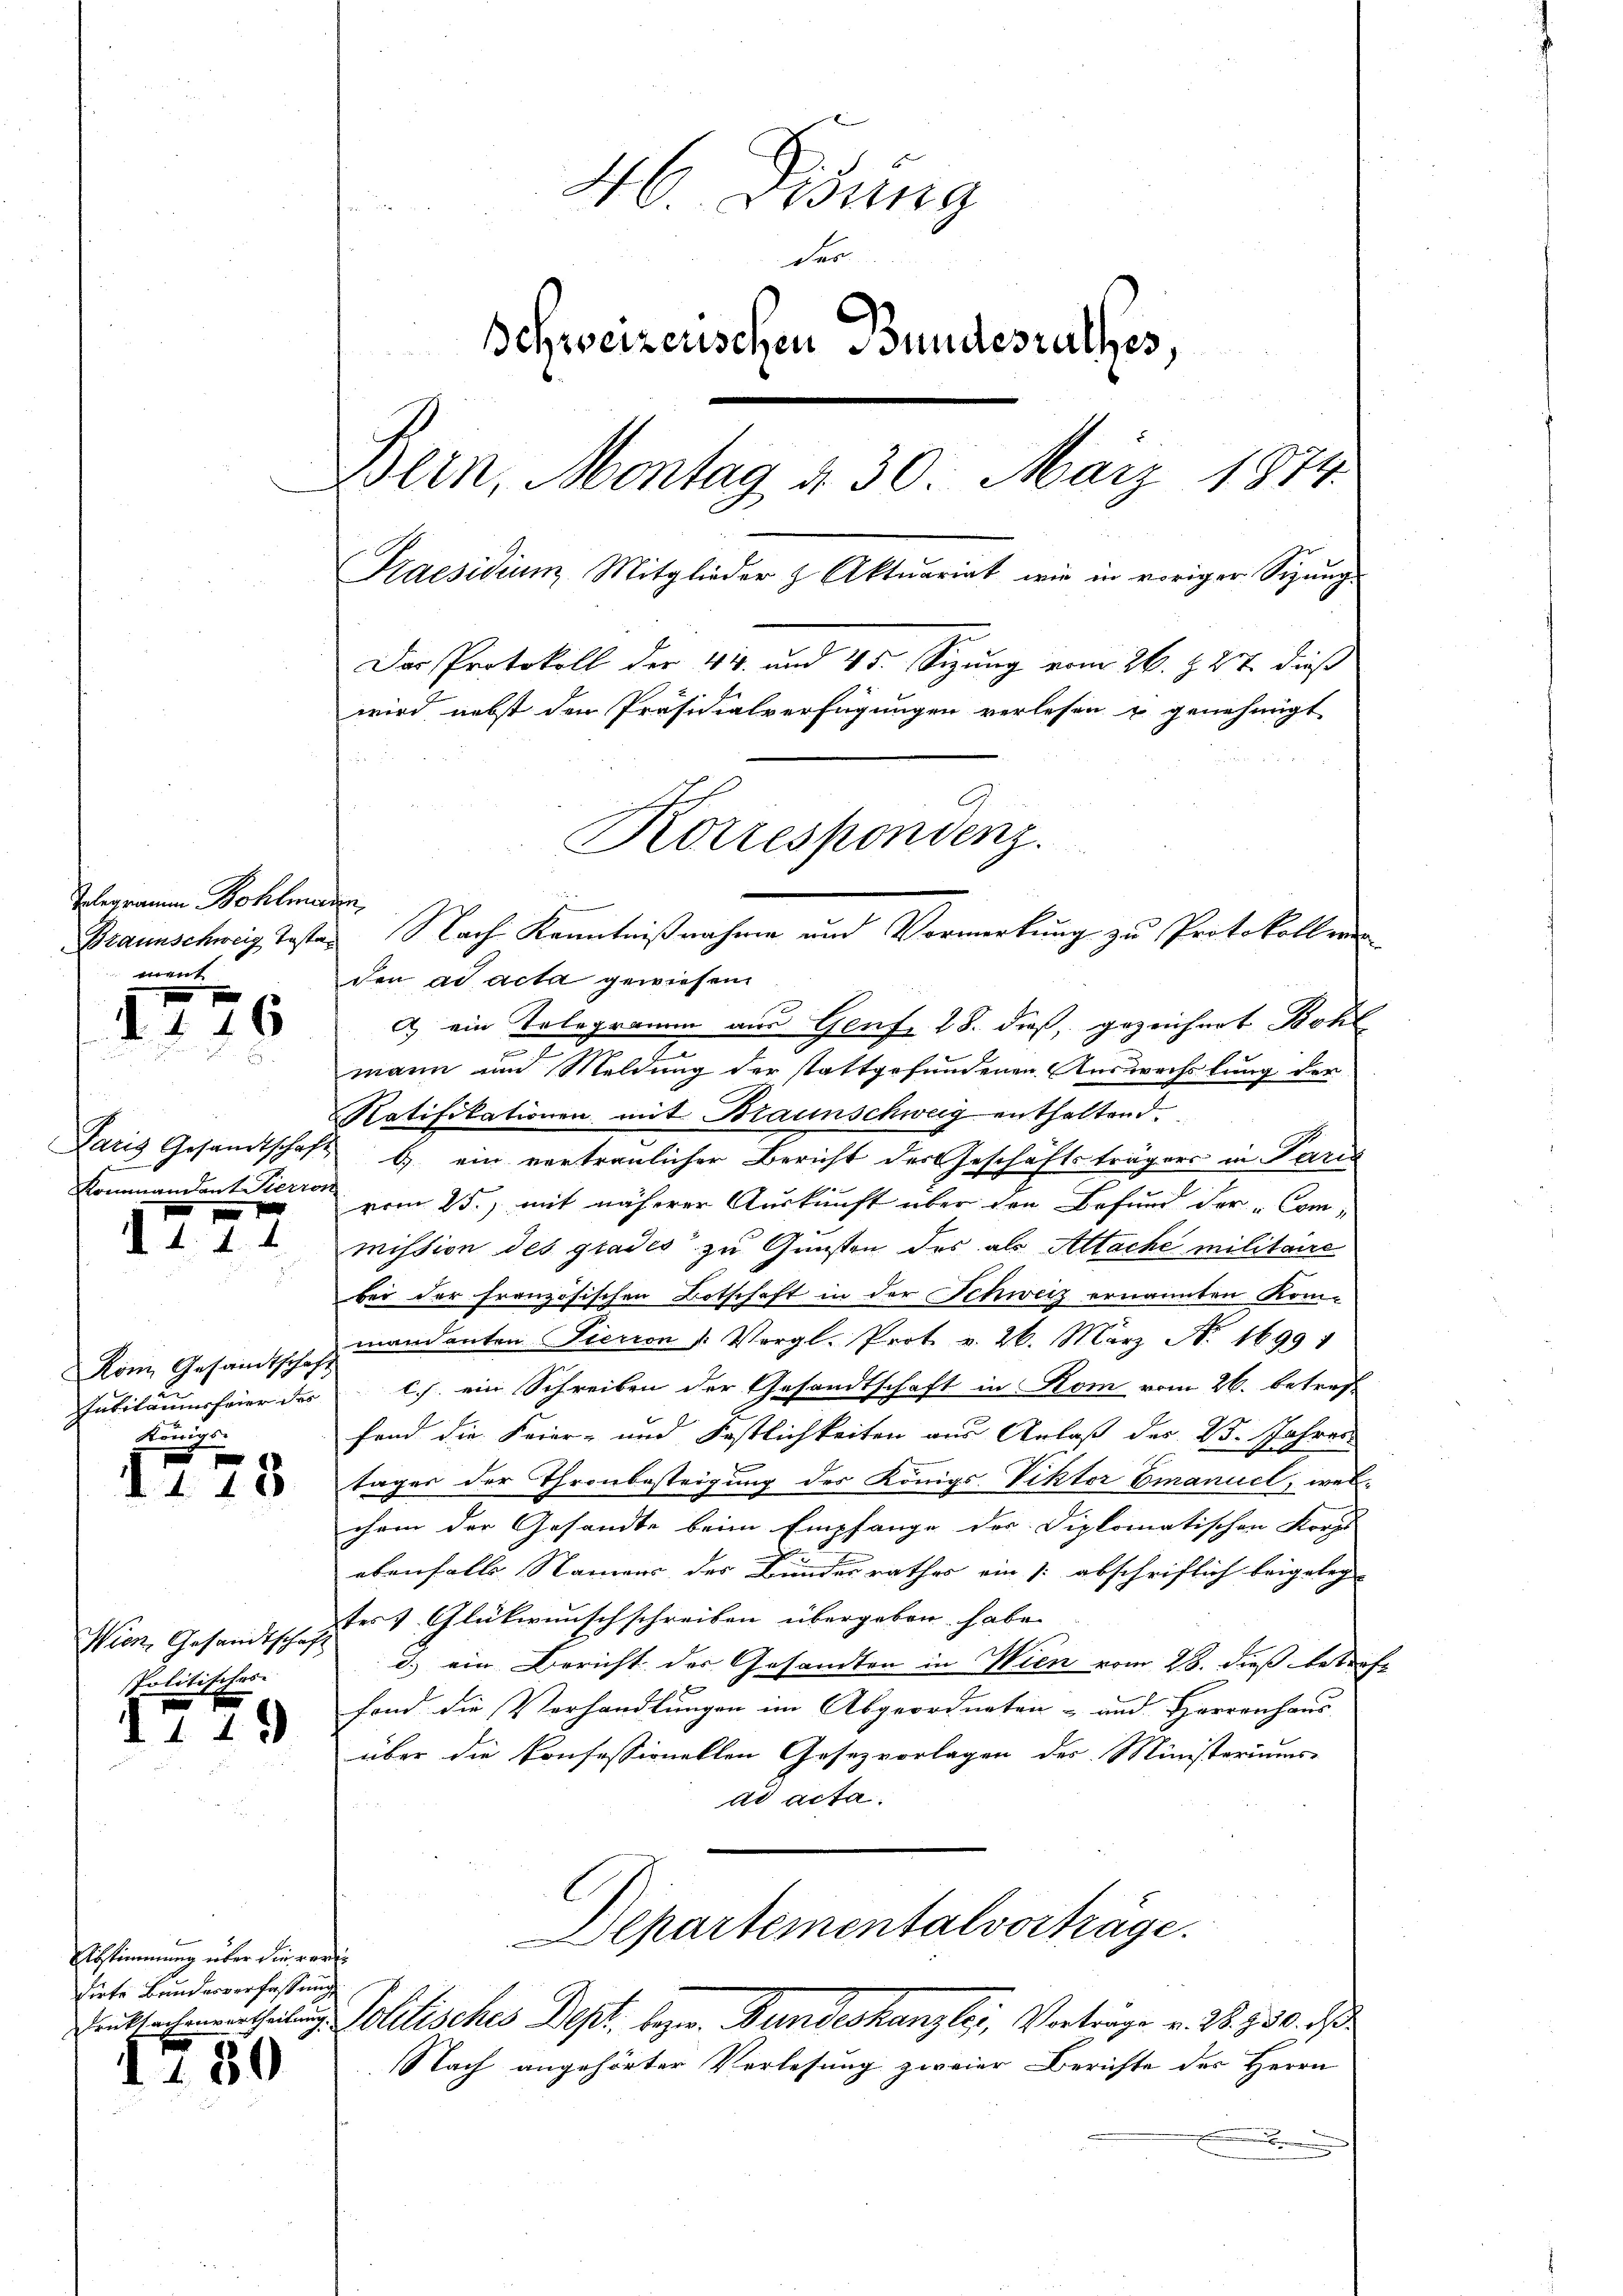
Telegramm Bohlme
ment

1726

r
d. d. d. d.

Kon Gesandtschaft
ubiläumsfeier der
Königs

e
1148

Wien, Gesandtschaft
politischer

d119

Abstimmung über die verdirte Bundesverfassung

180

46. Disung
der
Schweizenschen Bundesrathes,
Wein, Montag d. 30. März 1874.
Praesidium Mitglieder & Aktuariat wie in voriger Sigŭng
Der Protokoll der 410. und 45. Sizung vom 26. d. 27. dieß
wird nebst den Präsidialverfügungen verlesen u genehmigt

f
den ad acta gewiesen.
a ein Telegramm aus Genf 18. dieß, gezeichnet Bohl
2
mann und Meldung der stattgefundenen Auswechslung der
Ratifikationen mit Braunschweig enthaltend
Paris Gesandtschaft b. ein vertraulicher Bericht der Geschäftsträgers in Paris
Kommandant Pierrat vom 25.) mit näherer Aŭskŭnft über den Befund der Commission des grades zu Gunsten des als Altache militaire
bei der französischen Botschaft in der Schweiz ernannten Kom-
mandanten Pierren /: Vergl. Prot v. 26. März N. 1699 1
c.J. ein Schreiben der Gesandtschaft in Rom vom 26. betreffand die Feier- und Festlichkeiten aus Anlaß des 13. Jahres
tages der Thronbesteigung des Königs. Viktor Emanuel, welchem der Gesandte beim Empfange der Diplomatischen Korps
ebenfalls Namens der Bundesrathes ein /: abschriftlich beigeleg
ters Glückwunsch schreiben übergeben habe.
d. ein Bericht der Gesandten in Wien vom 28. dieß betra¬

fond die Verhandlungen im Abgeordneten- und Herrenhaus
über die Konfessionellen Gesezvorlagen des Ministeriums
ad acta.
lpartementalvorträge.
Entsachenurtheilung Politisches Dept. bezw. Bundeskanzlei, Vorträge v. 28. 930. ds
Nach angehörter Verlesung zweier Berichte des Herrn
.

Korrespondenz.
Braunschweig Tasten Nach Kenntnißnahme und Vormerkung zu Protokolleren